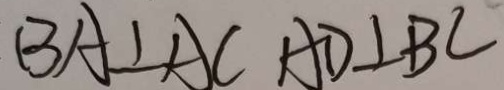
B A \bot A C A D \bot B C